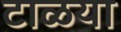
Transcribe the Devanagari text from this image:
टाळया